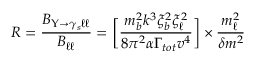
{ \cal R } = \frac { { \cal B } _ { \Upsilon { \rightarrow } \gamma _ { s } \ell \ell } } { { \cal B } _ { \ell \ell } } = \biggl [ \frac { m _ { b } ^ { 2 } k ^ { 3 } \xi _ { b } ^ { 2 } \xi _ { \ell } ^ { 2 } } { 8 \pi ^ { 2 } { \alpha } \Gamma _ { t o t } v ^ { 4 } } \biggr ] \times \frac { m _ { \ell } ^ { 2 } } { { \delta } m ^ { 2 } }